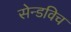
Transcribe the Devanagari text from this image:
सेन्डविच